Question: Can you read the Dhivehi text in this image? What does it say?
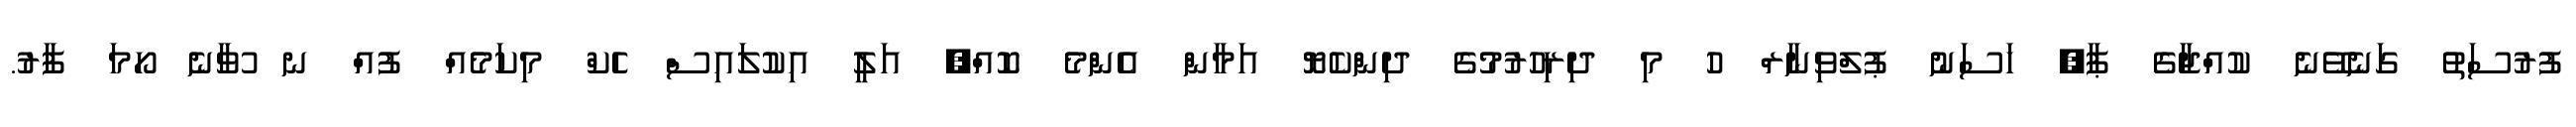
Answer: ފުރުސަތު ގަނެވޭނެ ކުއްޖާގެ ޕާ, ހަސަނު ޕުލްވިނާރް ހު މި ދިރިހުރުމުގެ ދިންކެޔޮ އަމާން އެންމެ ކޮއް, އަލީ އިކުލައިސް ހެކް މިކަމެއް ފުއް ނ ުވާނެ ހޯމަ ފާރު.